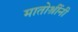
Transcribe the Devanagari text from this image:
मातोश्रींनी